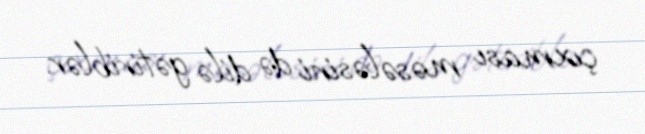
çıxması məsələsini də dilə gətiriblər.